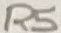
Text: R5